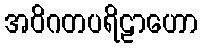
အဝိဂတပရိဠာဟော